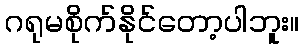
ဂရုမစိုက်နိုင်တော့ပါဘူး။